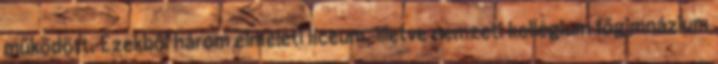
működött. Ezekből három elméleti líceum, illetve nemzeti kollégium főgimnázium